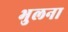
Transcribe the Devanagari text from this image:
भुलना